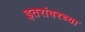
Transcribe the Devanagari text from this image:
इतरांवरच्या